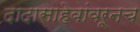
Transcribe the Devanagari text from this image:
दादासाहेबांवरूनच